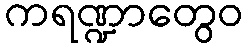
ကရဏ္ဍာတွေဝ